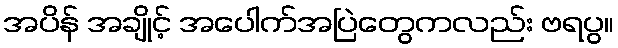
အပိန် အချိုင့် အပေါက်အပြဲတွေကလည်း ဗရပွ။